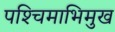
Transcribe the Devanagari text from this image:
पश्‍चिमाभिमुख